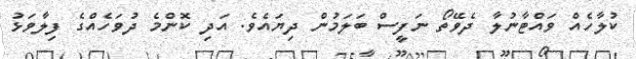
ކުލާހެއް ވައްޓާނުލާ ދެވޭތޯ ނަފީސް ބަލަމުން ދިޔައެވެ. އަދި ކޮންމެ ދުވަހެއްގެ ފިލާވަޅު